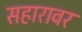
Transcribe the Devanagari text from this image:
सहारावर